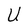
Character: U